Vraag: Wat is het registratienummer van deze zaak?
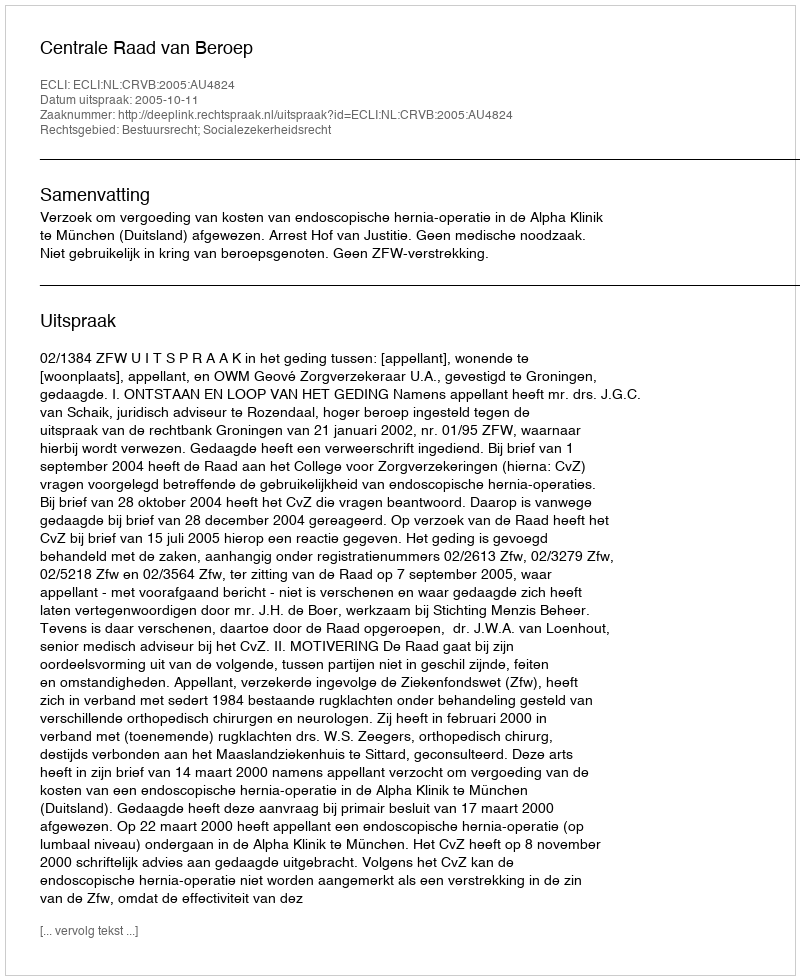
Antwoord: http://deeplink.rechtspraak.nl/uitspraak?id=ECLI:NL:CRVB:2005:AU4824